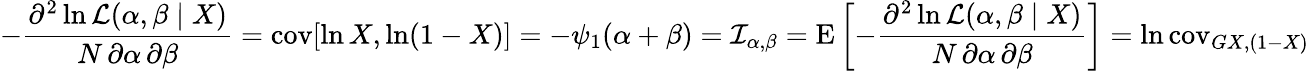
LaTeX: -{\frac{\partial^{2}\ln{\mathcal{L}}(\alpha,\beta\mid X)}{N\, \partial\alpha\, \partial\beta}}=\operatorname{cov}[\ln X,\ln(1-X)]=-\psi_{1}(\alpha+\beta)={\mathcal{I}}_{\alpha,\beta}=\operatorname{E}\left[-{\frac{\partial^{2}\ln{\mathcal{L}}(\alpha,\beta\mid X)}{N\, \partial\alpha\, \partial\beta}}\right]=\ln\operatorname{cov}_{G{X,(1-X)}}